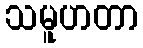
သမူဟတာ